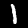
Label: 1